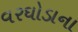
વરઘોડાના